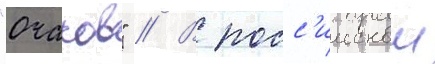
"очаков" // В росс'иискои